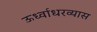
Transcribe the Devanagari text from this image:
ऊर्ध्वाधरव्यास